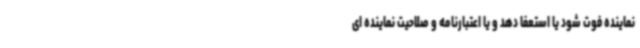
نماینده فوت شود یا استعفا دهد و یا اعتبارنامه و صلاحیت نماینده ای